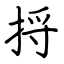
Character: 捋